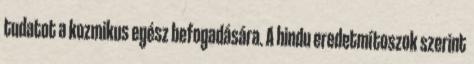
tudatot a kozmikus egész befogadására. A hindu eredetmítoszok szerint